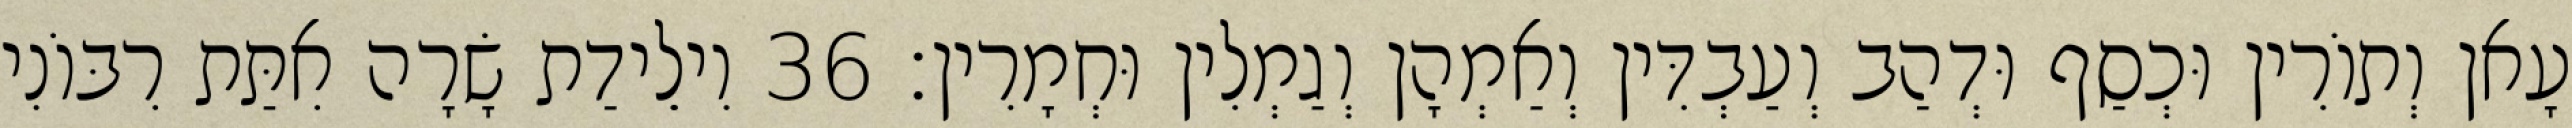
עָאן וְתוֹרִין וּכְסַף וּדְהַב וְעַבְדִּין וְאַמְהָן וְגַמְלִין וּחְמָרִין׃ 36 וִילֵידַת שָׂרָה אִתַּת רִבּוֹנִי